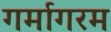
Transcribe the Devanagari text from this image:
गर्मागरम